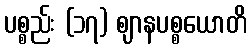
ပစ္စည်း (၁၇) ဈာနပစ္စယောတိ